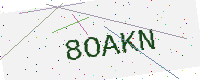
Text: 8OAKN